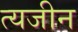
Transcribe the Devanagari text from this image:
त्यजीन